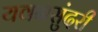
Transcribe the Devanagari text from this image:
यवनसुंदरी